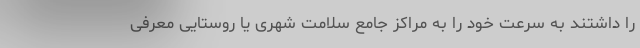
را داشتند به سرعت خود را به مراکز جامع سلامت شهری یا روستایی معرفی